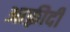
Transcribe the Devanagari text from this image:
आफ़्रीदी